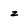
Character: z